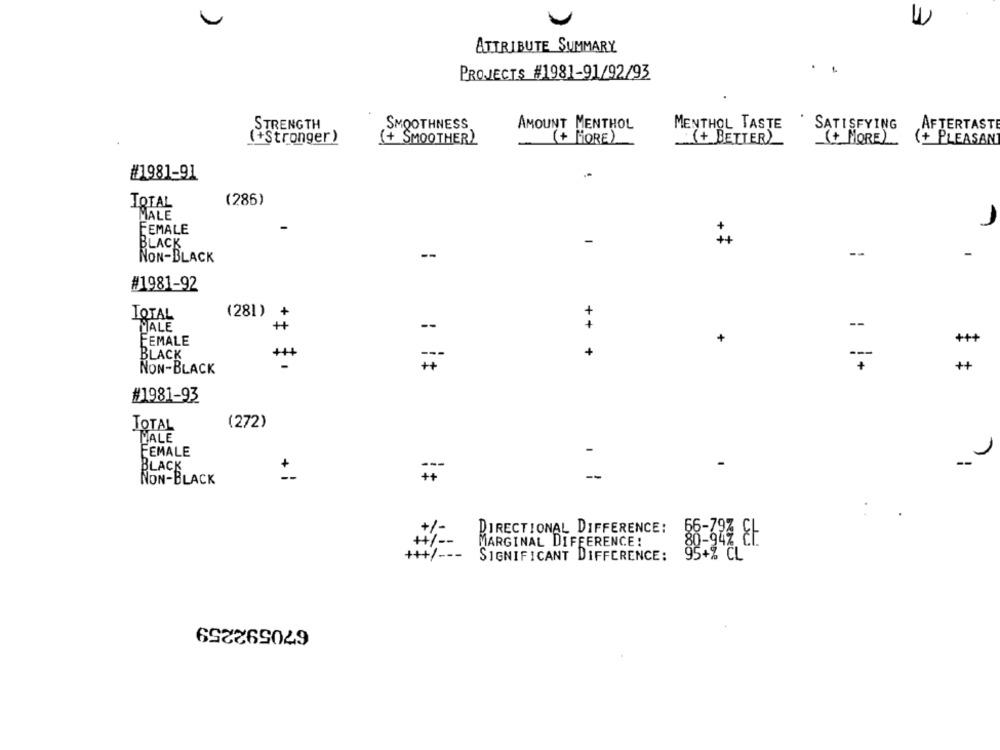
ATTRIBUTE SUMMARY
PROJECTS #1981-91/92/93
.
STRENGTH
SMOOTHNESS
AMOUNT MENTHOL
MENTHOL TASTE
SATISFYING
AFTERTASTE
(+Stronger)
(+ SMOOTHER)
+ MORE)
(+ BETTER)
(+ MORE)
(+ PLEASANT
#1981-91
(286)
TOTAL
MALE
1
FEMALE
BLACK
++
--
--
NON-BLACK
#1981-92
TOTAL
(281)
+
MALE
+
--
--
FEMALE
+
+++
+ + +
BLACK
++
---
: it
NON-BLACK
#1981-93
TOTAL
(272)
PALE
FEMALE
BLACK
NON-BLACK
--
DIRECTIONAL DIFFERENCE:
MARGINAL DIFFERENCE!
+++/ ---
SIGNIFICANT DIFFERENCE:
95+% CL
670592259